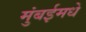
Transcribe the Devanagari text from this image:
मुंबईमधे